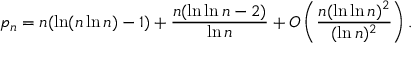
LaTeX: p _ { n } = n ( \ln ( n \ln n ) - 1 ) + { \frac { n ( \ln \ln n - 2 ) } { \ln n } } + O \left( { \frac { n ( \ln \ln n ) ^ { 2 } } { ( \ln n ) ^ { 2 } } } \right) .